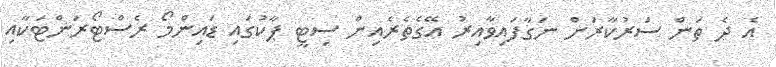
އެ ދެ ތަން ސަރުކާރަށް ނަގާފައިވާއިރު އޭގެތެރެއިން ސިޓީ ޕާކުގައި ޑައިންމޯ ރެސްޓޯރަންޓަކާއި